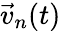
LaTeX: \vec{v}_{n}(t)